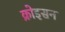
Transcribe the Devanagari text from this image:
क्रोइसन